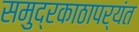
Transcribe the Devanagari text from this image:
समुद्रकाठापर्यंत